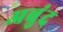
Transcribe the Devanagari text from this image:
अबुंद